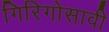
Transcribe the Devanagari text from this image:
गिरिगोसावी